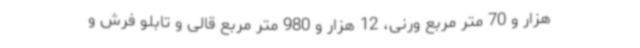
هزار و 70 متر مربع ورنی، 12 هزار و 980 متر مربع قالی و تابلو فرش و